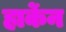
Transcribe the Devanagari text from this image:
हार्केन